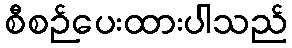
စီစဉ်ပေးထားပါသည်